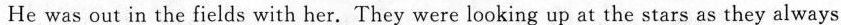
He was out in the fields with her. They were looking up at the stars as they always